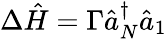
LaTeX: \Delta\hat{H}=\Gamma\hat{a}_{N}^{\dagger}\hat{a}_{1}